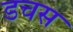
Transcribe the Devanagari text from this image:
डचस